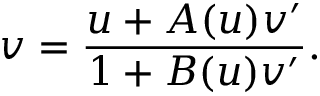
v = \frac { u + A ( u ) v ^ { \prime } } { 1 + B ( u ) v ^ { \prime } } .